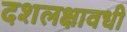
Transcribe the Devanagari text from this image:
दशलक्षावधी